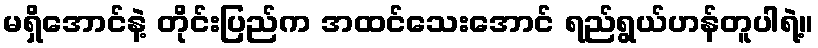
မရှိအောင်နဲ့ တိုင်းပြည်က အထင်သေးအောင် ရည်ရွယ်ဟန်တူပါရဲ့။